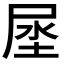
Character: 𰍻